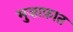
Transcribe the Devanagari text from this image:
मुज़ाफ़ात